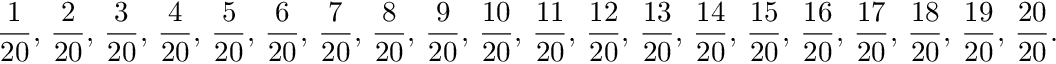
{ \frac { 1 } { 2 0 } } , \, { \frac { 2 } { 2 0 } } , \, { \frac { 3 } { 2 0 } } , \, { \frac { 4 } { 2 0 } } , \, { \frac { 5 } { 2 0 } } , \, { \frac { 6 } { 2 0 } } , \, { \frac { 7 } { 2 0 } } , \, { \frac { 8 } { 2 0 } } , \, { \frac { 9 } { 2 0 } } , \, { \frac { 1 0 } { 2 0 } } , \, { \frac { 1 1 } { 2 0 } } , \, { \frac { 1 2 } { 2 0 } } , \, { \frac { 1 3 } { 2 0 } } , \, { \frac { 1 4 } { 2 0 } } , \, { \frac { 1 5 } { 2 0 } } , \, { \frac { 1 6 } { 2 0 } } , \, { \frac { 1 7 } { 2 0 } } , \, { \frac { 1 8 } { 2 0 } } , \, { \frac { 1 9 } { 2 0 } } , \, { \frac { 2 0 } { 2 0 } } .